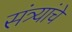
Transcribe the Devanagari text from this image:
संत्र्यांचे